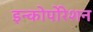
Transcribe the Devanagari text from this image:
इन्कोर्पाेरेशन